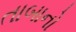
તાબાનો